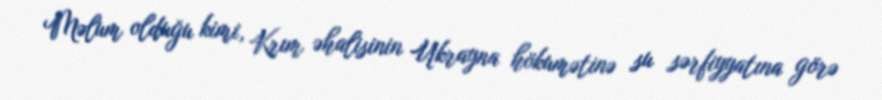
Məlum olduğu kimi, Krım əhalisinin Ukrayna hökumətinə su sərfiyyatına görə